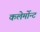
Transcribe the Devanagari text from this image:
कलेर्मोन्ट